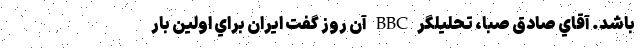
باشد. آقاي صادق صبا، تحليلگر BBC آن روز گفت ايران براي اولين ‌بار